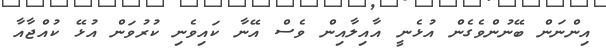
އިންނަން ބޭނުންވެގެން އުޅެނީ އާއިލާއިން ވެސް އޭނާ ކައިވެނި ކުރުވަން އުޅޭ ކުއްޖާއާ